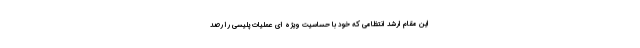
این مقام ارشد انتظامی که خود با حساسیت ویژه ای عملیات پلیسی را رصد